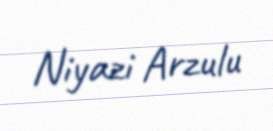
Niyazi Arzulu